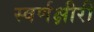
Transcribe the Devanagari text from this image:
स्वर्णक्षीरी